Bulletin of the Pasteur Institute of Southern India, Coonoor - No. 1.
Year: 1908
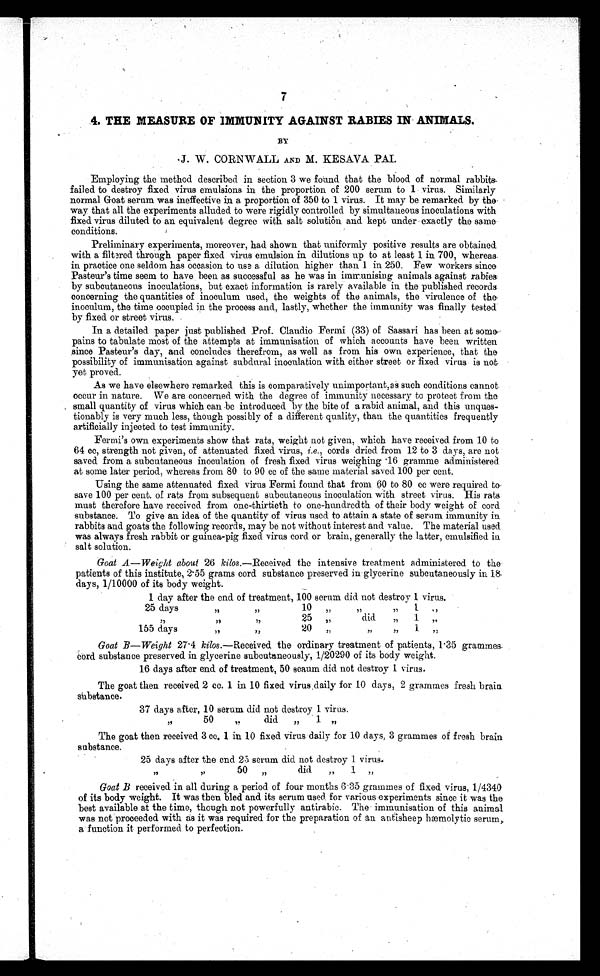
7
4. THE MEASURE OF IMMUNITY AGAINST RABIES IN' ANIMALS.
BY
•J. W. CORNWALL AND M. KESAVA PAL
Employing the method described in section 3 we found that the blood of normal rabbits
failed to destroy fixed virus emulsions in the proportion of 200 serum to 1 virus. Similarly
normal Goat serum was ineffective in. a proportion of 350 to 1 virus. It may be remarked. by the.
way that all the experiments alluded to were rigidly controlled by simultaneous inoculations with
fixed virus diluted to an equivalent degree with salt solution and kept under exactly the same
conditions.
Preliminary experiments, moreover, had shown that uniformly positive results are obtained
with a filtered through paper fixed virus emulsion in dilutions up to at least 1 in 700, whereas.
in practice one seldom has occasion to use a dilution higher than 1 in 250. Few workers since
Pasteur's time seem to have been as successful as he was in immunising animals against rabies
by subcutaneous inoculations, but exact information is rarely available in the published records.
concerning the quantities of inoculum used, the weights of the animals, the virulence of the
inoculum, the time occupied in the process and, lastly, whether the immunity was finally tested.
by fixed or street virus. .
In a detailed paper just published Prof. Claudio Fermi (33) of Sassari has been at some--
pains to tabulate most of the attempts at immunisation of which accounts have been written
since Pasteur's day, and concludes therefrom, as well as from his own experience, that the
possibility of immunisation against subdural inoculation with either street or fixed virus is not.
yet proved.
As we have elsewhere remarked this is comparatively unimportant, as such conditions cannot
occur in nature. We are concerned with the degree of immunity necessary to protect from the
. small quantity of virus which can be introduced by the bite of a rabid animal, and this unques-
tionably is very much less, though possibly of a different quality, than the quantities frequently
artificially injected to test immunity.
Fermi's own experiments show that rats, weight not given, which have received from 10 to
64 cc, strength not given, of attenuated fixed virus, i.e., cords dried from 12 to 3 days, are not
saved from a subcutaneous inoculation of fresh fixed virus weighing 16 gramme administered
at some later period, whereas from 80 to 90 cc of the same material saved 100 per cent.
Using the same attenuated fixed virus Fermi found that from 60 to 80 cc were required
t o s a v e 1 0 0 p e r c e n t . o f r a t s f r o m s u b s e q u e n t s u b c u t a n e o u s i n o c u l a t i o n w i t h s t r e e t v i r u s . H i s r a t s
must therefore have received from one-thirtieth to one-hundredth of their body weight of cord
substance. To give an. idea of the quantity of virus used to attain a state of serum immunity in
rabbits and goats the following records, may be not without interest and value. The material used
was always fresh rabbit or guinea-pig fixed virus cord or brain, generally the latter, emulsified in
salt solution.
Goat A—Weight about 26 kilos.—Received the intensive treatment administered to the
patients of this institute, 2. 55 grams cord substance preserved in glycerine subcutaneously in 18
days, 1/10000 of its body weight.
1 day after the end of treatment, 100 serum did not destroy 1 virus.
25 days
10
1
25 „
did.
„
1 „
155 days
20 „
Goat B—Weight 27. 4 kilos.—Received the ordinary treatment of patients, 1 . 35 grammes. .
cord substance preserved in glycerine subcutaneously, 1/20290 of its body weight.
16 days after end of treatment, 50 serum did not destroy 1 virus.
The goat then received 2 cc. 1 in 10 fixed virus . daily for .10 days, 2 grammes fresh brain
substance.
37 days after, 10 serum did not destroy 1 virus.
50
19
did
„
1 „
The goat then received 3 cc. 1 in 10 fixed virus daily for 10 days, 3 grammes of fresh brain
substance.
25 days after the end. 25 serum did not destroy 1 virus.
"
"
50 "
did
" 1 "
Goa t B r ecei ved i n al l dur i ng a per i od of f our mont hs 6 .35 gr ammes of f i xed vi r us, 1/ 4340
of its body weight. It was then bled and its serum used. for various experiments since it was the
best available at the time, though not powerfully antirabic. The immunisation of this animal
was not proceeded with as it was required for the preparation of an antisheep hæmolytic serum,,
a function it performed to perfection.